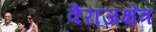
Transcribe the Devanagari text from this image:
वैराजक्षेत्र